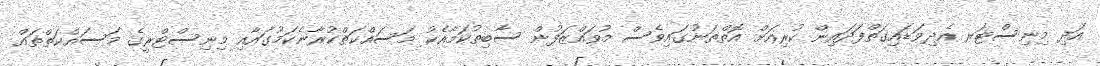
އަދި މިނިސްޓަރ އެދިވަޑައިގަތްފަދައިން ކުރިއަށް އޮތްތަނުގައިވެސް މުވައްޒަފުން ސާބިތުކަމާއެކު މަސައްކަތްކުރާނެކަމުގައާއި މިނިސްޓްރީގެ މަސައްކަތްތައް